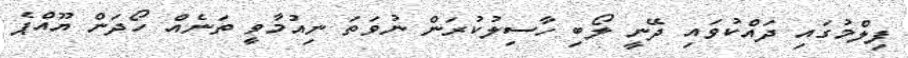
ފިލްމުގައި ދައްކުވައި ދޭނީ ލޯބި ހާސިލުކުރަން ނުވަތަ ނިއުމާވީ ތަނެއް ހޯދަން ޔޫއްޕެ